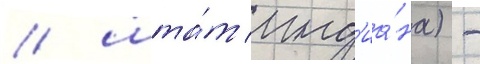
/ шта́т инд'иа́на) -